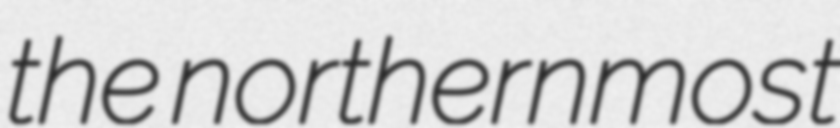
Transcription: the northernmost